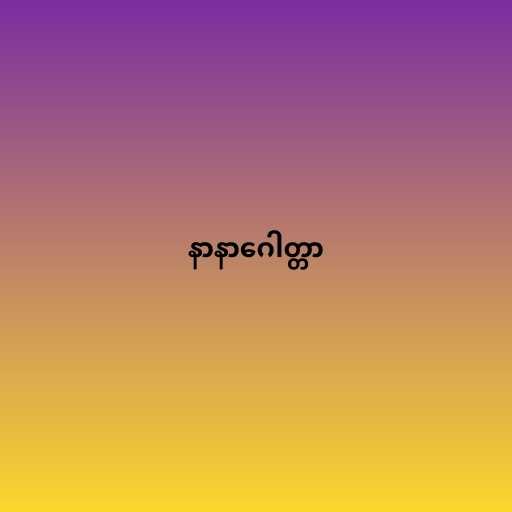
နာနာဂေါတ္တာ